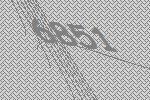
6851